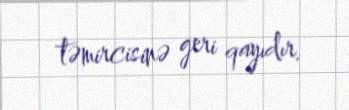
təmircisinə geri qayıdır.